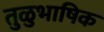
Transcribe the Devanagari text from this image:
तुळुभाषिक